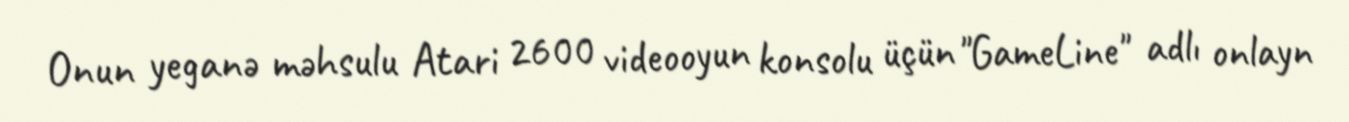
Onun yeganə məhsulu Atari 2600 videooyun konsolu üçün "GameLine" adlı onlayn